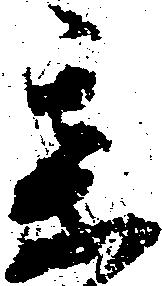
某